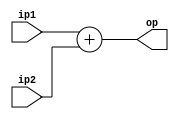
module adder(ip1,ip2,op);
input [31:0] ip1 ,ip2;
output reg [31:0] op;
always@(ip1 or ip2)
begin
op <= ip1+ip2;
end
endmodule